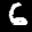
Label: 6